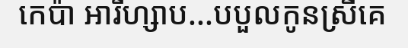
កេប៉ា អារីហ្សាប...បបួលកូនស្រីគេ